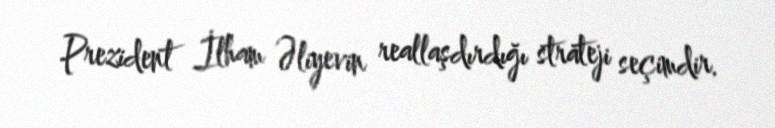
Prezident İlham Əliyevin reallaşdırdığı strateji seçimdir.